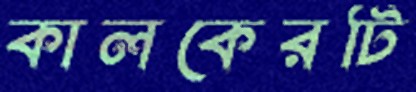
কালকেরটি